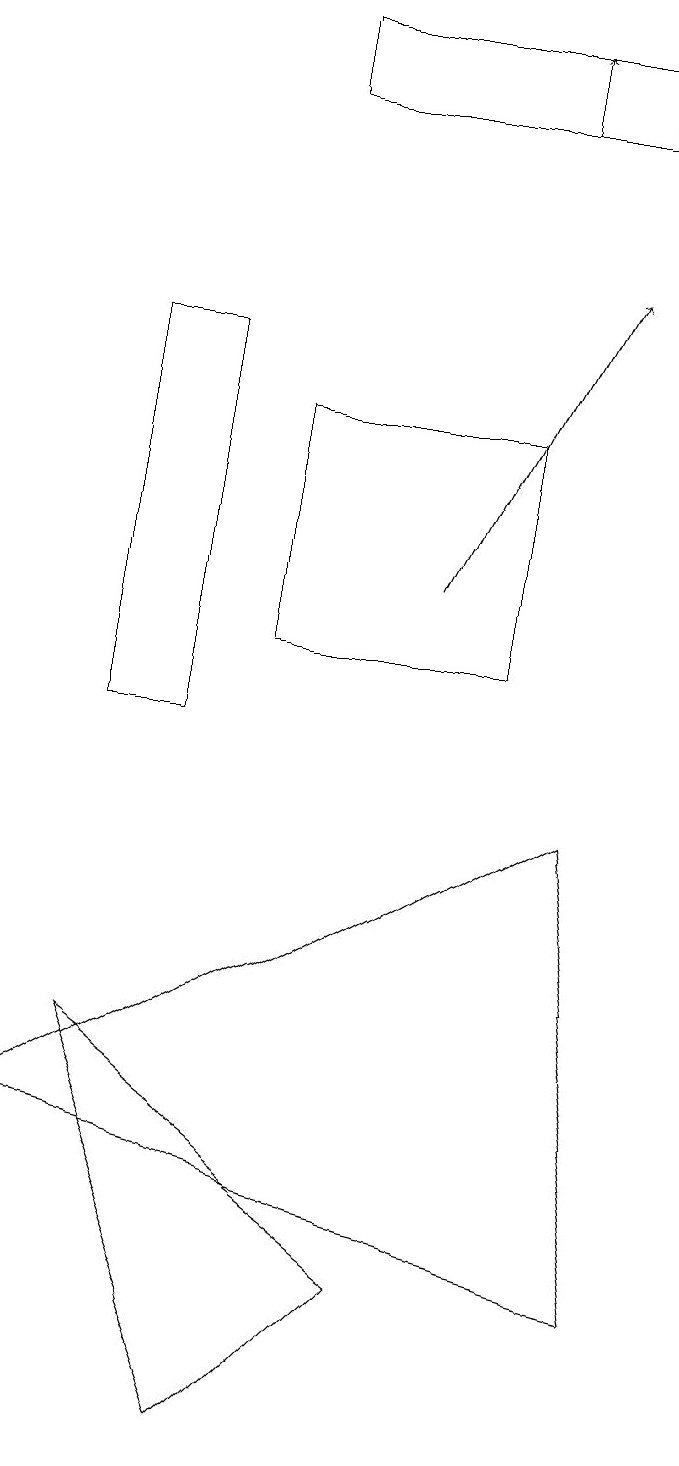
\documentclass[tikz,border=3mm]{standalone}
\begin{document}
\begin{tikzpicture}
\draw (3,1) -- (1,6) -- (5,3) -- cycle;
\draw[->] (6,18) -- (6,19);
\draw (8,3) -- (0,5) -- (7,9) -- cycle;
\draw (3,19) rectangle (7,18);
\draw (1,10) rectangle (2,15);
\draw (3,14) rectangle (6,11);
\draw[->] (5,12) -- (7,16);
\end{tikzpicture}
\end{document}